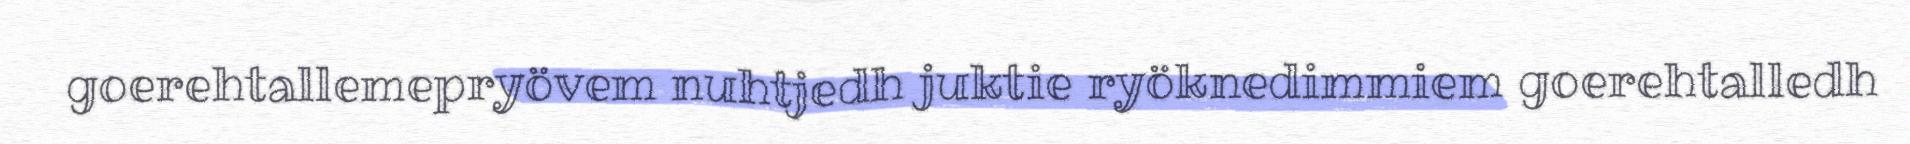
goerehtallemepryövem nuhtjedh juktie ryöknedimmiem goerehtalledh